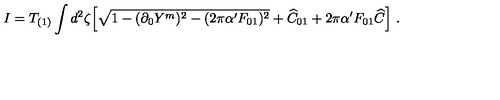
I = T _ { ( 1 ) } \int d ^ { 2 } \zeta \Bigl [ \sqrt { 1 - ( \partial _ { 0 } Y ^ { m } ) ^ { 2 } - ( 2 \pi \alpha ^ { \prime } F _ { 0 1 } ) ^ { 2 } } + { \widehat C } _ { 0 1 } + 2 \pi \alpha ^ { \prime } F _ { 0 1 } { \widehat C } \Bigr ] \ .